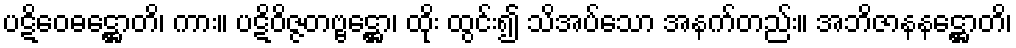
ပဋိဝေဓဋ္ဌောတိ၊ ကား။ ပဋိဝိဇ္ဇတဗ္ဗဋ္ဌော၊ ထိုး ထွင်း၍ သိအပ်သော အနက်တည်း။ အဘိဇာနနဋ္ဌောတိ၊